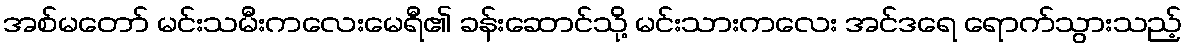
အစ်မတော် မင်းသမီးကလေးမေရီ၏ ခန်းဆောင်သို့ မင်းသားကလေး အင်ဒရေ ရောက်သွားသည့်